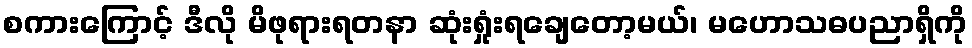
စကားကြောင့် ဒီလို မိဖုရားရတနာ ဆုံးရှုံးရချေတော့မယ်၊ မဟောသဓပညာရှိကို